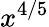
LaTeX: x^{4/5}